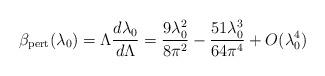
LaTeX: \begin{align*}\beta_{\mathrm{pert}}(\lambda_0)=\Lambda{{d\lambda_0}\over{d\Lambda}}={{9\lambda^2_0}\over{8\pi^2}}- {{51\lambda^3_0}\over{64\pi^4}}+O(\lambda^4_0)\end{align*}